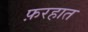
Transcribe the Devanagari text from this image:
फ़रहात